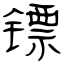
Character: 镖